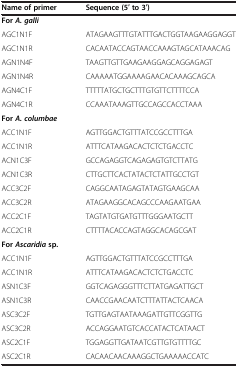
<table><thead><tr><td><b>Name of primer</b></td><td><b>Sequence (5′ to 3′)</b></td></tr></thead><tbody><tr><td><b>For </b><b><i>A. galli</i></b></td><td> </td></tr><tr><td>AGC1N1F</td><td>ATAGAAGTTTGTATTTGACTGGTAAGAAGGAGGT</td></tr><tr><td>AGC1N1R</td><td>CACAATACCAGTAACCAAAGTAGCATAAACAG</td></tr><tr><td>AGN1N4F</td><td>TAAGTTGTTGAAGAAGGAGCAGGAGAGT</td></tr><tr><td>AGN1N4R</td><td>CAAAAATGGAAAAGAACACAAAGCAGCA</td></tr><tr><td>AGN4C1F</td><td>TTTTTATGCTGCTTTGTGTTCTTTTCCA</td></tr><tr><td>AGN4C1R</td><td>CCAAATAAAGTTGCCAGCCACCTAAA</td></tr><tr><td><b>For </b><b><i>A. columbae</i></b></td><td> </td></tr><tr><td>ACC1N1F</td><td>AGTTGGACTGTTTATCCGCCTTTGA</td></tr><tr><td>ACC1N1R</td><td>ATTTCATAAGACACTCTCTGACCTC</td></tr><tr><td>ACN1C3F</td><td>GCCAGAGGTCAGAGAGTGTCTTATG</td></tr><tr><td>ACN1C3R</td><td>CTTGCTTCACTATACTCTATTGCCTGT</td></tr><tr><td>ACC3C2F</td><td>CAGGCAATAGAGTATAGTGAAGCAA</td></tr><tr><td>ACC3C2R</td><td>ATAGAAGGCACAGCCCAAGAATGAA</td></tr><tr><td>ACC2C1F</td><td>TAGTATGTGATGTTTGGGAATGCTT</td></tr><tr><td>ACC2C1R</td><td>CTTTTACACCAGTAGGCACAGCGAT</td></tr><tr><td><b>For </b><b><i>Ascaridia </i></b><b>sp.</b></td><td> </td></tr><tr><td>ACC1N1F</td><td>AGTTGGACTGTTTATCCGCCTTTGA</td></tr><tr><td>ACC1N1R</td><td>ATTTCATAAGACACTCTCTGACCTC</td></tr><tr><td>ASN1C3F</td><td>GGTCAGAGGGTTTCTTATGAGATTGCT</td></tr><tr><td>ASN1C3R</td><td>CAACCGAACAATCTTTATTACTCAACA</td></tr><tr><td>ASC3C2F</td><td>TGTTGAGTAATAAAGATTGTTCGGTTG</td></tr><tr><td>ASC3C2R</td><td>ACCAGGAATGTCACCATACTCATAACT</td></tr><tr><td>ASC2C1F</td><td>TGGAGGTTGATAATCGTTGTGTTTTGC</td></tr><tr><td>ASC2C1R</td><td>CACAACAACAAAGGCTGAAAAACCATC</td></tr></tbody></table>